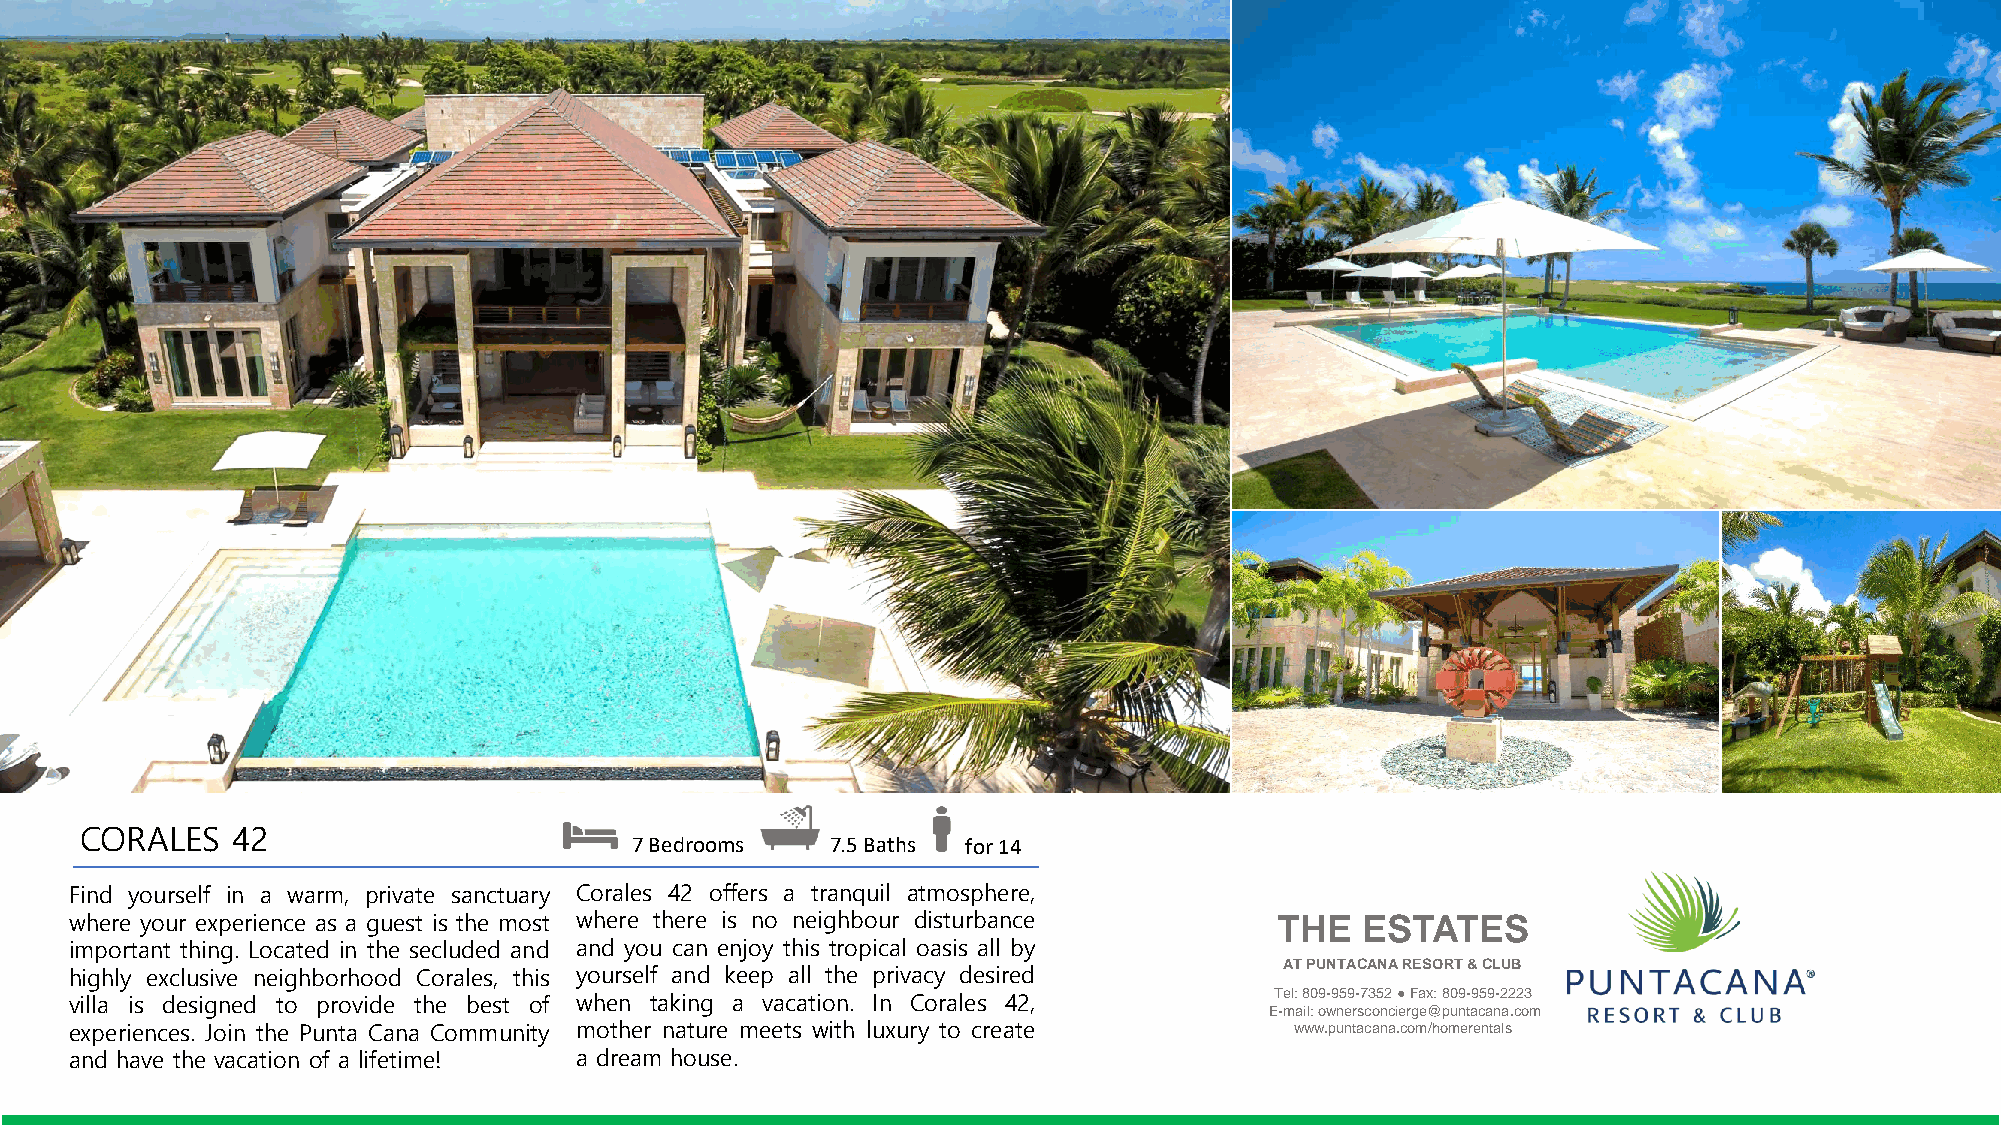
CORALES   42
 7 Bedrooms   7.5 Baths for14
 Find yourself in a warm, private sanctuary Corales 42 offers a tranquil atmosphere,
 where your experience as a guest is the most where there is no neighbour disturbance THE ESTATES
 important thing. Located in the secluded and and you can enjoy this tropical oasis all by
 AT PUNTACANA RESORT & CLUB
 highly exclusive neighborhood Corales, this yourself and keep all the privacy desired
 villa is designed to provide the best of when taking a vacation. In Corales 42, Tel: 809-959-7352 ●Fax: 809-959-2223
 E-mail: ownersconcierge@puntacana.com
 experiences. Join the Punta Cana Community mother nature meets with luxury to create www.puntacana.com/homerentals
 and have the vacation of a lifetime! a dream house.